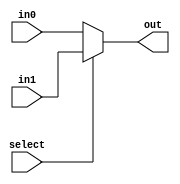
module bitNmux #(parameter N = 5) (
output [N-1:0] out  ,
input wire [N-1:0] in0,in1,
input wire select   
);

assign out = (select) ? in1 : in0; 

endmodule